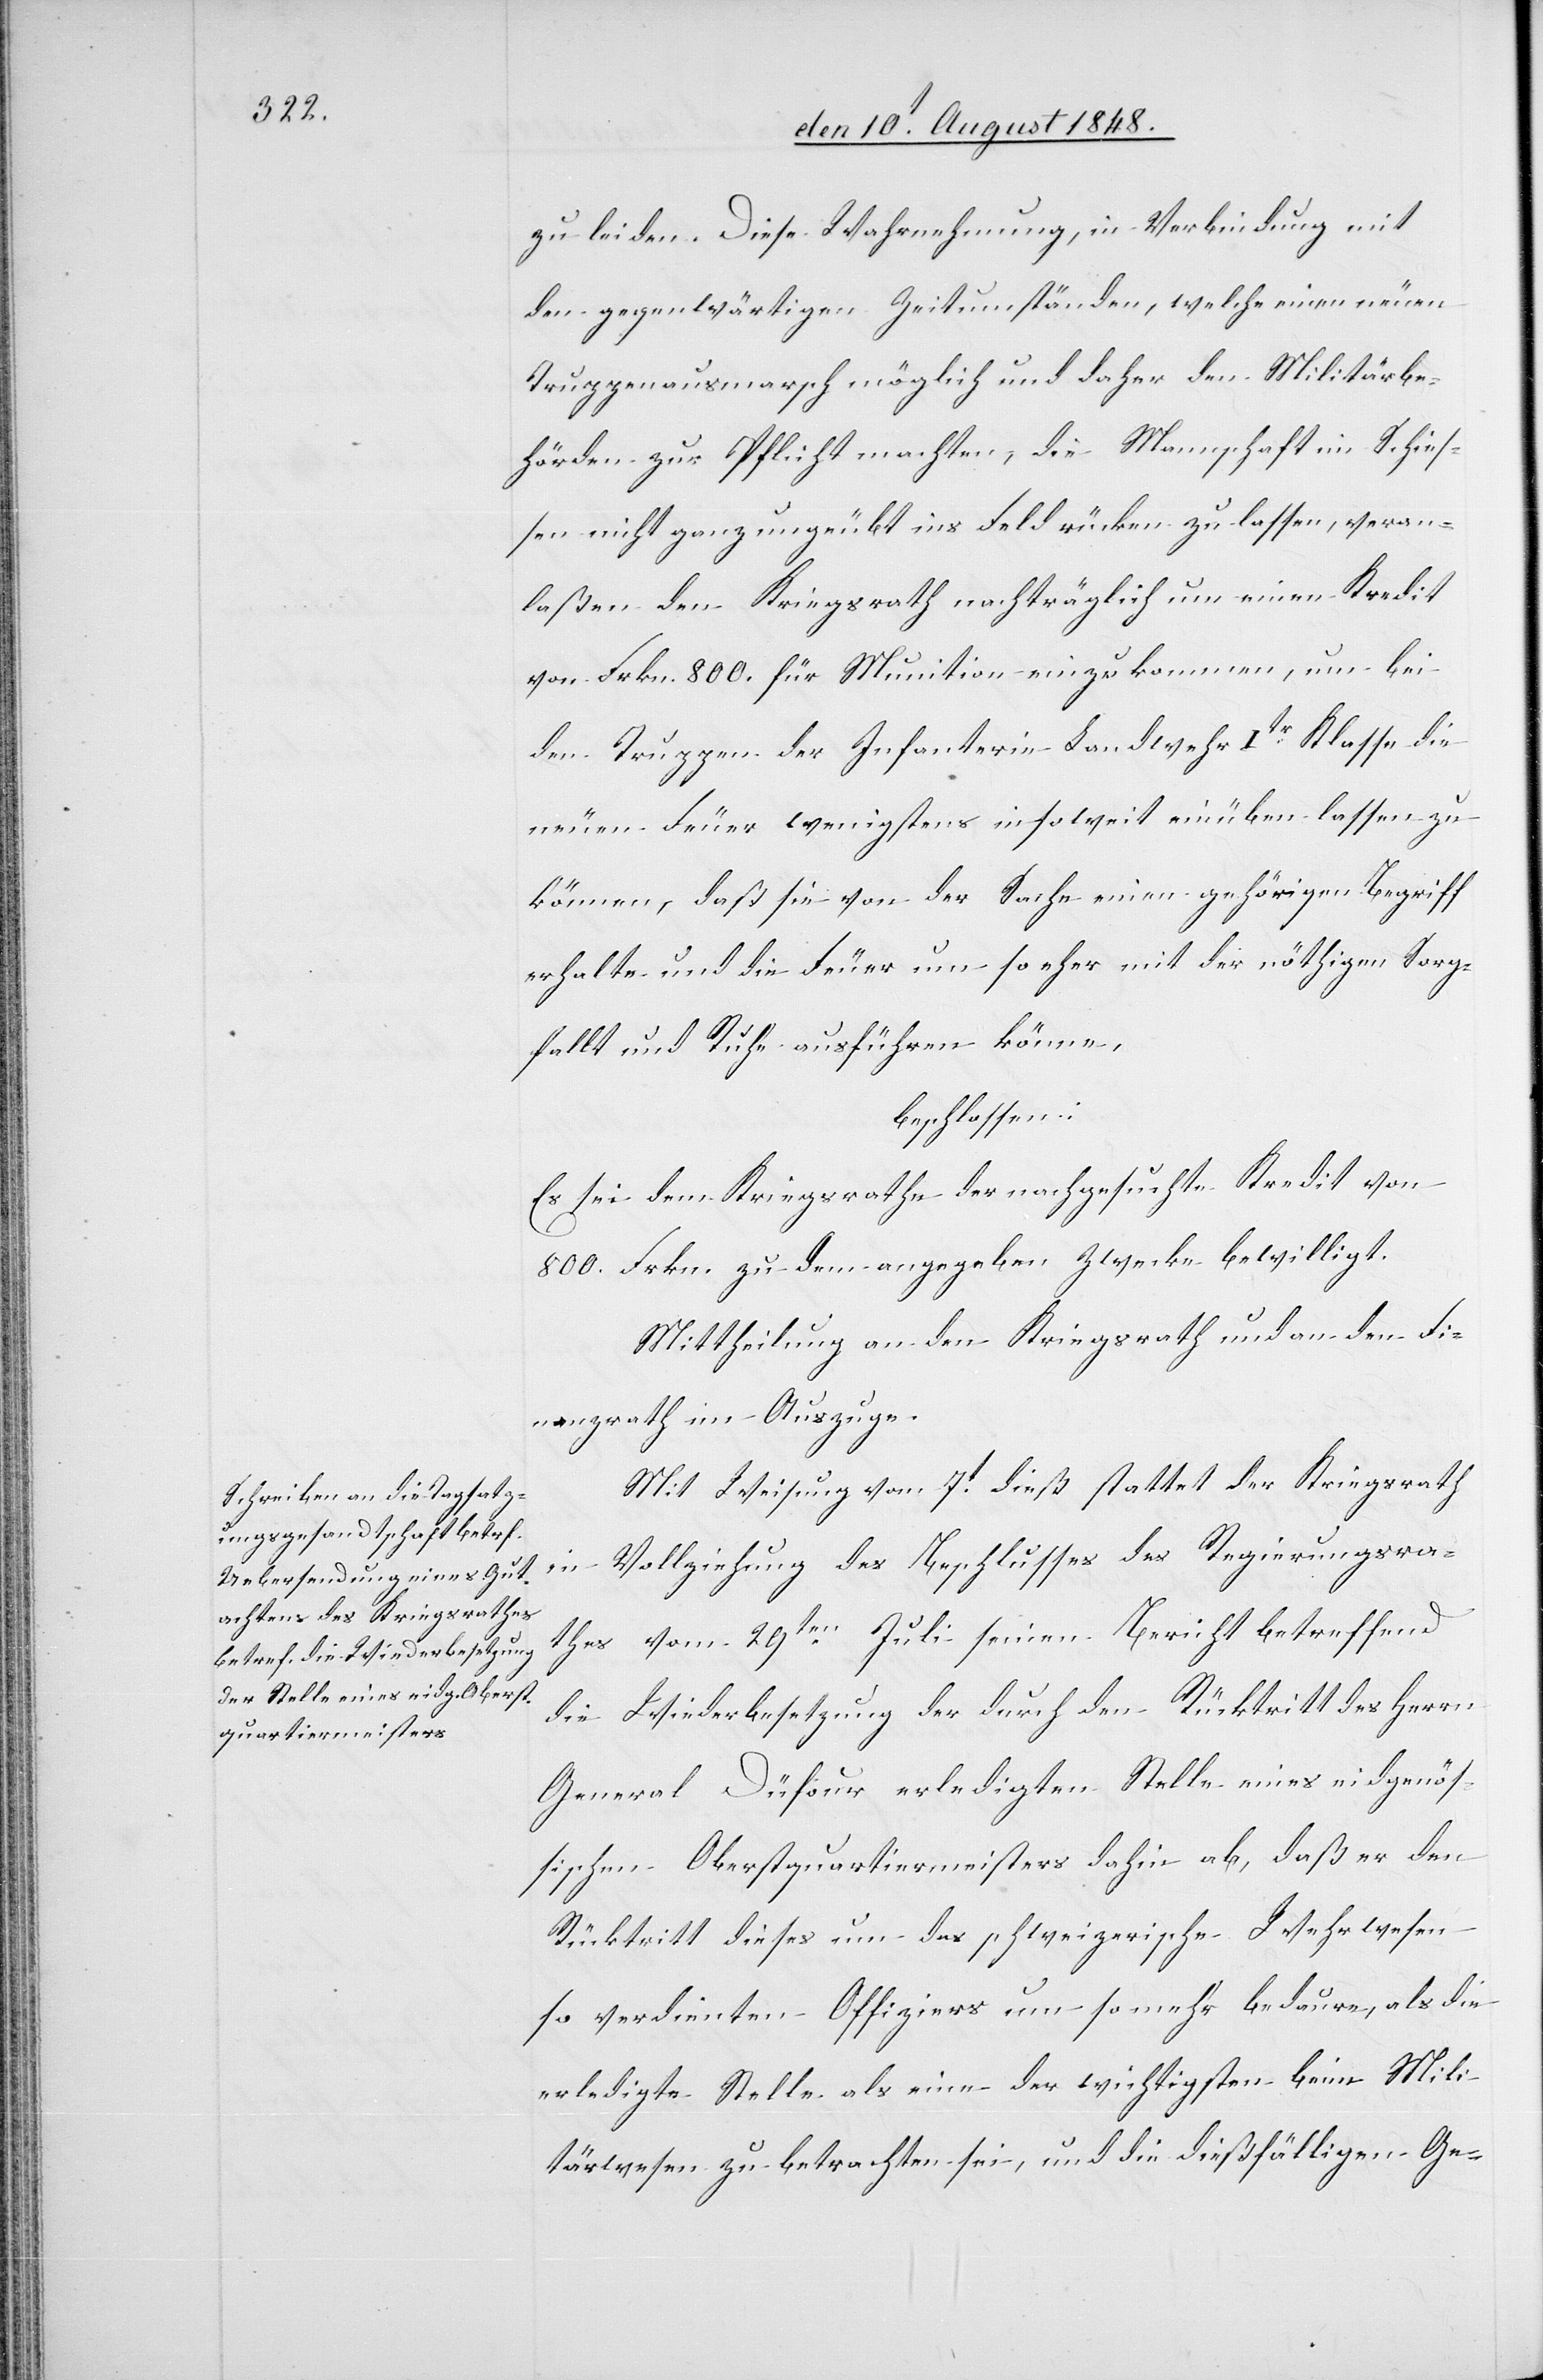
zu leiden. Diese Wahrnehmung, in Verbindung mit
den gegenwärtigen Zeitumständen, welche einen neuen
Truppenausmarsch möglich und daher den Militärbe¬
hörden zur Pflicht machten, die Mannschaft im Schie¬
ßen nicht ganz ungeübt ins Feld rücken zu lassen, veran¬
laßen den Kriegsrath nachträglich um einen Kredit
von Frkn. 800. für Munition einzukommen, um bei
den Truppen der Infanterie Landwehr Itr Klasse die
neuen Feuer wenigstens so weit einüben lassen zu
können, daß sie von der Sache einen gehörigen Begriff
erhalte und die Feuer um so eher mit der nöthigen Sorg¬
fallt und Ruhe ausführen könne,
beschlossen:
Es sei dem Kriegsrathe der nachgesuchte Kredit von
800. Frkn. zu dem angegeben[en] Zwecke bewilligt.
Mittheilung an den Kriegsrath und an den Fi¬
nanzrath im Auszuge.
Mit Weisung vom 7t dieß stattet der Kriegsrath
in Vollziehung des Beschlusses des Regierungsra¬
thes vom 29ten Juli seinen Bericht betreffend
die Wiederbesetzung der durch den Rücktritt des Herrn
General Düfour erledigten Stelle eines eidgenös¬
sischen Oberstquartiermeisters dahin ab, daß er den
Rücktritt dieses um das schweizerische Wehrwesen
so verdienten Offiziers um so mehr bedaure, als die
erledigte Stelle als eine der wichtigsten beim Mili¬
tärwesen zu betrachten sei, und die dießfälligen Ge-